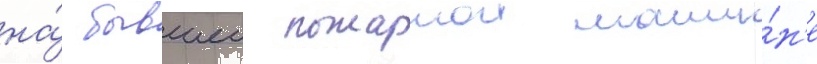
на́ бывшеи пожарнои маши́н'е